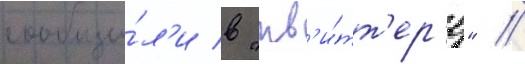
сообщи́л'и в "тв'и́тт'ер'е" /